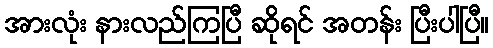
အားလုံး နားလည်ကြပြီ ဆိုရင် အတန်း ပြီးပါပြီ။